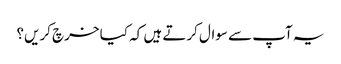
یہ آپ سے سوال کرتے ہیں کہ کیا خرچ کریں؟